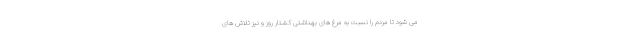
می شود تا مردم را نسبت به مرغ های بهداشتی کشتار روز و نیز تلاش های